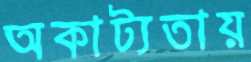
অকাট্যতায়